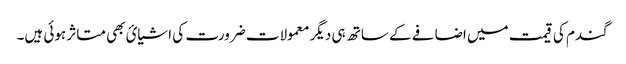
گندم کی قیمت میں اضافے کے ساتھ ہی دیگر معمولات ضرورت کی اشیائ بھی متاثر ہوئی ہیں۔